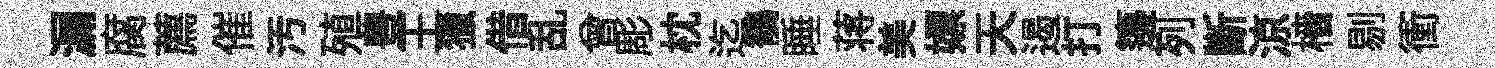
漏腐薦催汚殖豊王獵借乱曾彫枕迄鶺睡蒋美嫖天遏打籩列斷涼檣剔衝